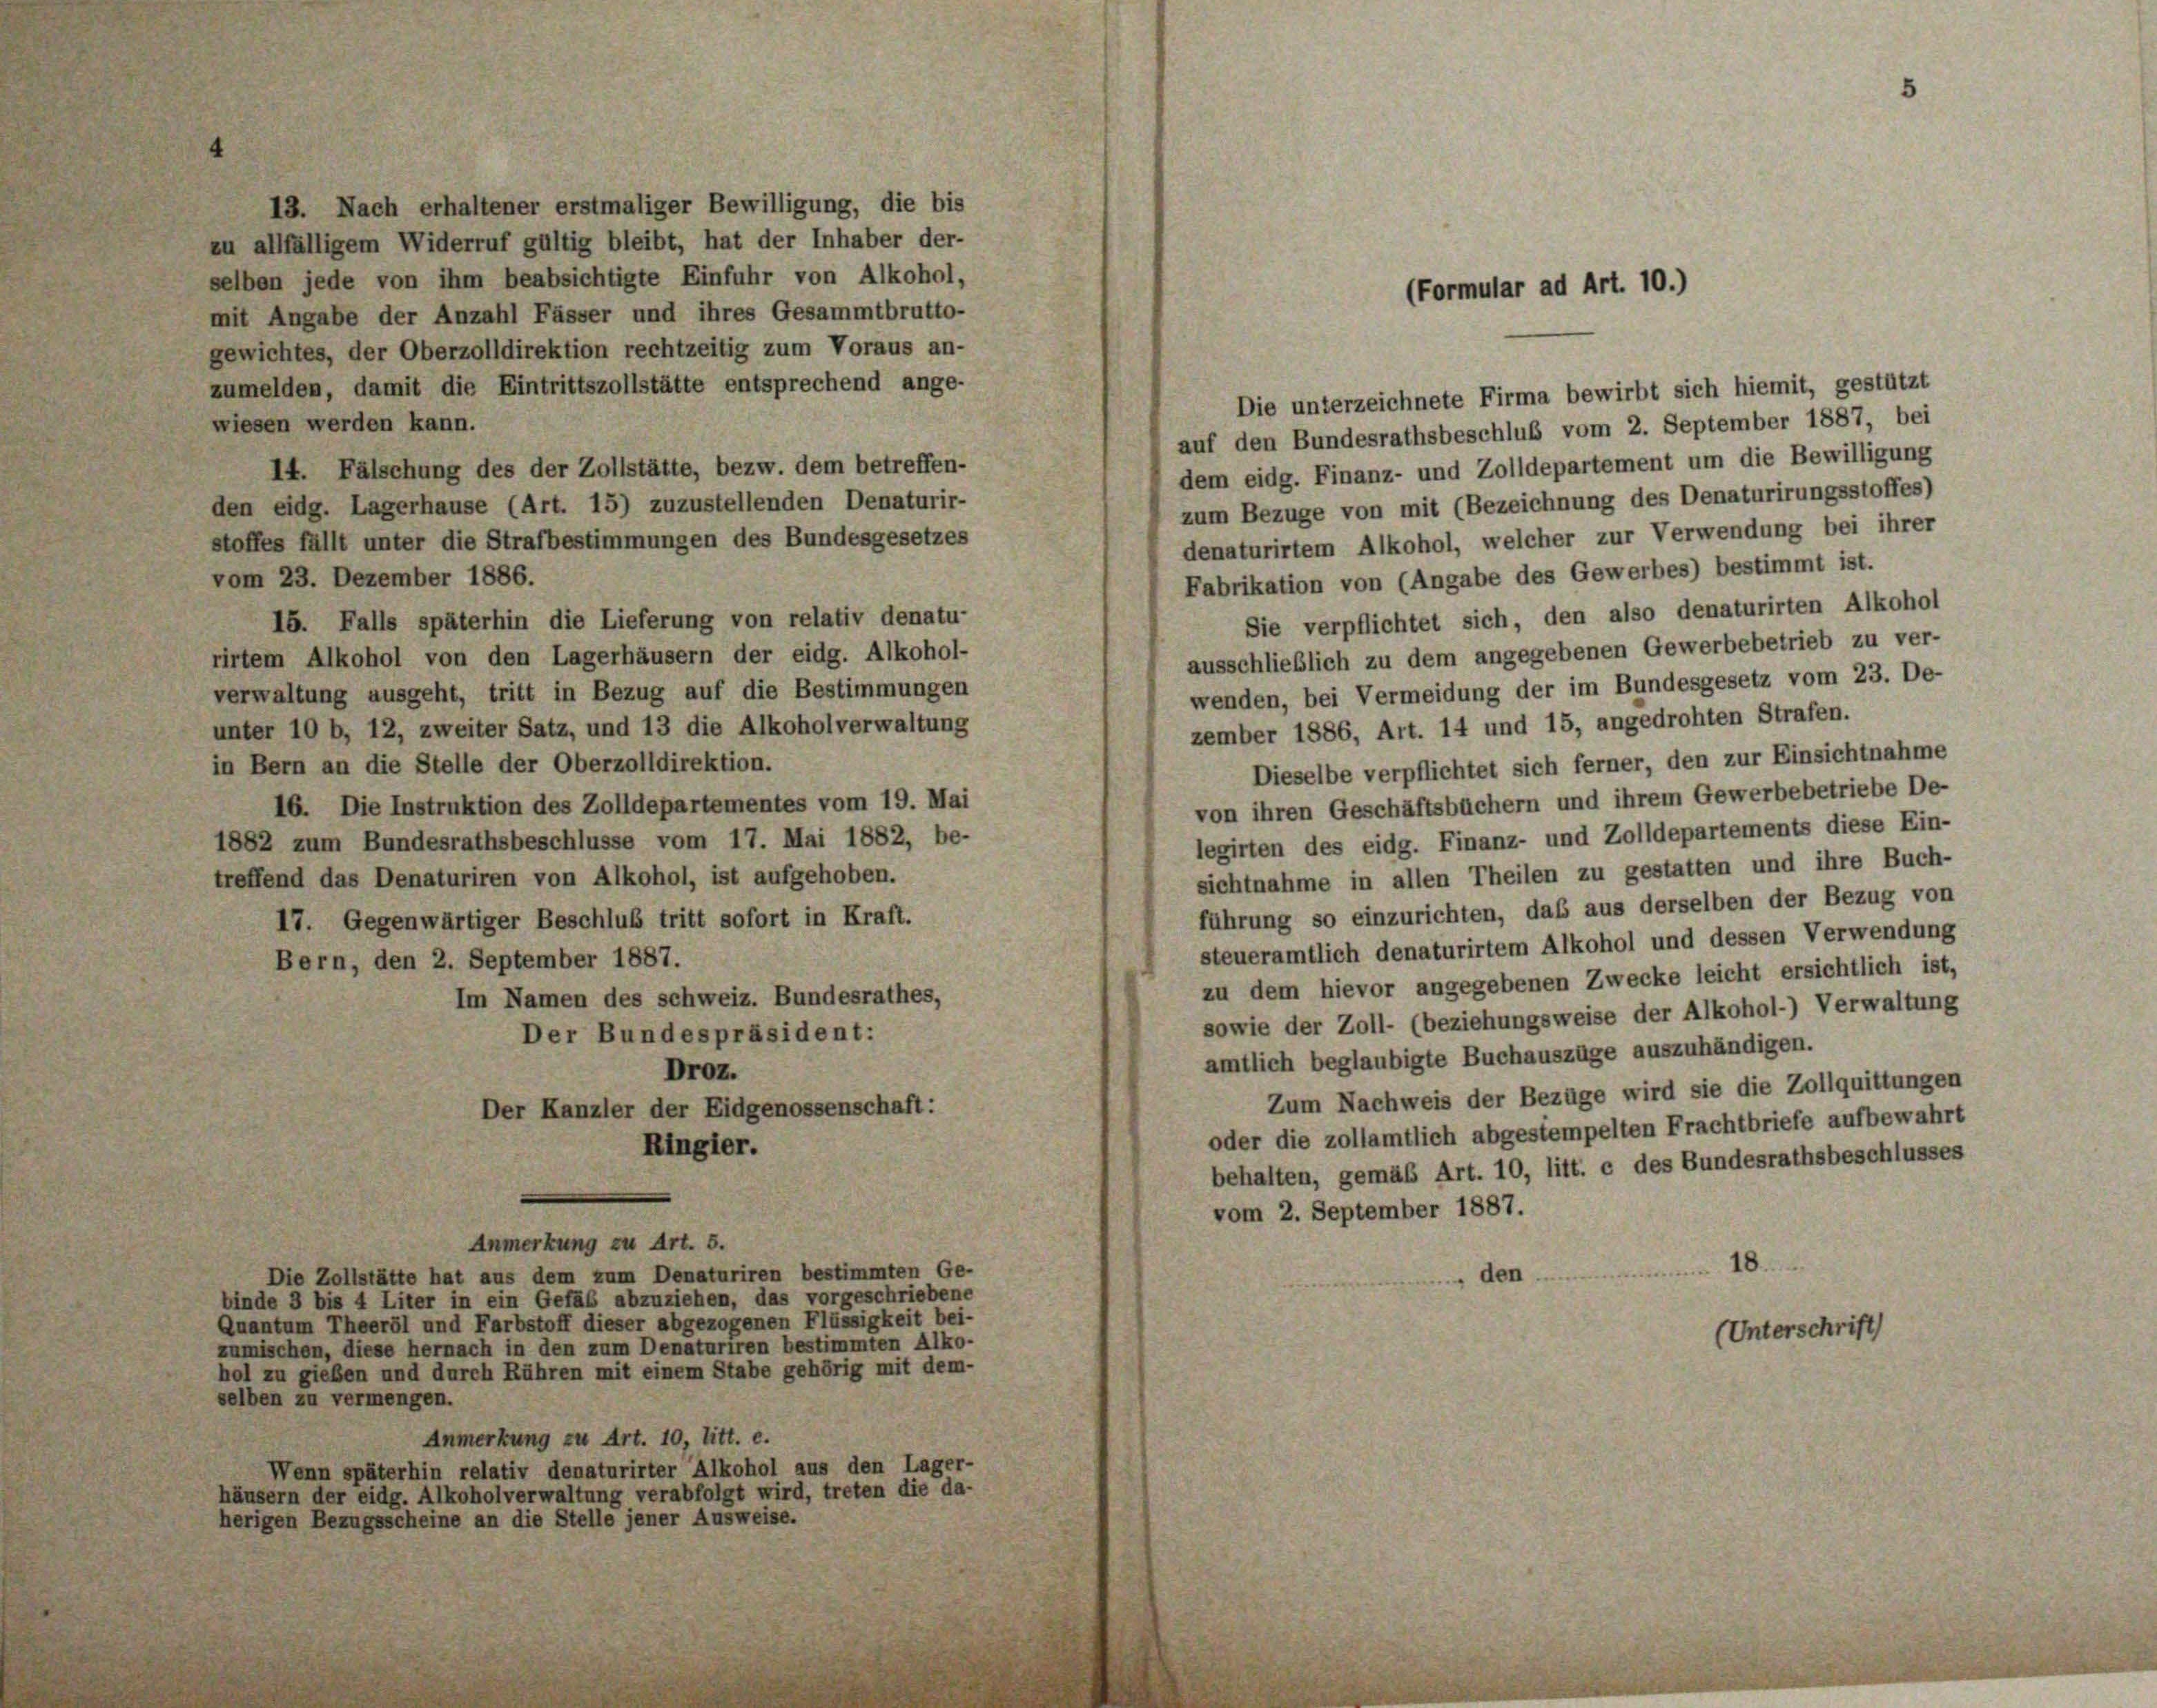
13. Nach erhaltener erstmaliger Bewilligung, die bis
zu allfälligem Widerruf gültig bleibt, hat der Inhaber der-
selben jede von ihm beabsichtigte Einfuhr von Alkohol,
mit Angabe der Anzahl Fässer und ihres Gesammtbrutto-
gewichtes, der Oberzolldirektion rechtzeitig zum Voraus an-
zumelden, damit die Eintrittszollstätte entsprechend ange-
wiesen werden kann.
auf den Bundesrathsbeschluß vom 2. September 1887, bei
dem eidg. Finanz- und Zolldepartement um die Bewilligung
14. Fälschung des der Zollstätte, bezw. dem betreffen-
zum Bezuge von mit (Bezeichnung des Denaturirungsstoffes
den eidg. Lagerhause (Art. 15) zuzustellenden Denaturir-
denaturirtem Alkohol, welcher zur Verwendung bei ihrer
stoffes fällt unter die Strafbestimmungen des Bundesgesetzes
Fabrikation von (Angabe des Gewerbes) bestimmt ist.
vom 23. Dezember 1886.
Sie verpflichtet sich, den also denaturirten Alkohol
15. Falls späterhin die Lieferung von relativ denatu-
ausschließlich zu dem angegebenen Gewerbebetrieb zu ver-
rirtem Alkohol von den Lagerhäusern der eidg. Alkohol-
wenden, bei Vermeidung der im Bundesgesetz vom 23. De-
verwaltung ausgeht, tritt in Bezug auf die Bestimmungen
zember 1886, Art. 14 und 15, angedrohten Strafen.
unter 10 b, 12, zweiter Satz, und 13 die Alkoholverwaltung
Dieselbe verpflichtet sich ferner, den zur Einsichtnahme
in Bern an die Stelle der Oberzolldirektion.
von ihren Geschäftsbüchern und ihrem Gewerbebetriebe De-
16. Die Instruktion des Zolldepartementes vom 19. Mai
legirten des eidg. Finanz- und Zolldepartements diese Ein-
1882 zum Bundesrathsbeschlüsse vom 17. Mai 1882, be-
sichtnahme in allen Theilen zu gestatten und ihre Buch-
treffend das Denaturiren von Alkohol, ist aufgehoben.
führung so einzurichten, daß aus derselben der Bezug von
17. Gegenwärtiger Beschluß tritt sofort in Kraft.
steueramtlich denaturirtem Alkohol und dessen Verwendung
Bern, den 2. September 1887.
zu dem hievor angegebenen Zwecke leicht ersichtlich ist
Im Namen des schweiz. Bundesrathes,
sowie der Zoll- (beziehungsweise der Alkohol-) Verwaltung
Der Bundespräsident:
amtlich beglaubigte Buchauszüge auszuhändigen.
Droz.
Zum Nachweis der Bezüge wird sie die Zollquittungen
Der Kanzler der Eidgenossenschaft:
oder die zollamtlich abgestempelten Frachtbriefe aufbewahrt
Ringier.
behalten, gemäß Art. 10, litt. c des Bundesrathsbeschlusses
vom 2. September 1887.
Anmerkung zu Art. 5.
18.
Die Zollstätte hat aus dem zum Denaturiren bestimmten Ge-
den.
binde 3 bis 4 Liter in ein Gefäß abzuziehen, das vorgeschriebene
Quantum Theeröl und Farbstoff dieser abgezogenen Flüssigkeit bei-
(Unterschrift)
zumischen, diese hernach in den zum Denaturiren bestimmten Alko-
hol zu gieben und durch Rühren mit einem Stabe gehörig mit dem-
selben zu vermengen.
Anmerkung zu Art. 10, litt. e.
Wenn späterhin relativ denaturirter Alkohol aus den Lager-
häusern der eidg. Alkoholverwaltung verabfolgt wird, treten die da-
herigen Bezugsscheine an die Stelle jener Ausweise.

(Formular ad Art. 10.)

Die unterzeichnete Firma bewirbt sich hiemit, gestützt